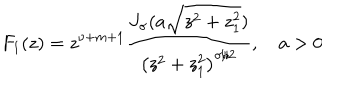
F _ { 1 } ( z ) = z ^ { \nu + m + 1 } \frac { J _ { \sigma } ( a \sqrt { z ^ { 2 } + z _ { 1 } ^ { 2 } } ) } { \left( z ^ { 2 } + z _ { 1 } ^ { 2 } \right) ^ { \sigma / 2 } } , \quad a > 0